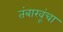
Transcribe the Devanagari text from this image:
तंबाखूंचा